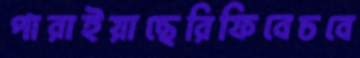
পারাইয়াছেরিফিবেচবে